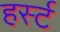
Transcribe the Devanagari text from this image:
हर्स्ट